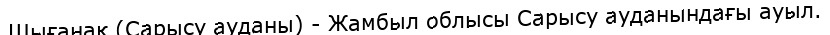
Шығанақ (Сарысу ауданы) - Жамбыл облысы Сарысу ауданындағы ауыл.